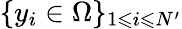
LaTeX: \{ y_{i}\in\Omega\} _{1\leqslant i\leqslant N^{\prime}}